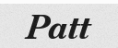
Patt